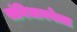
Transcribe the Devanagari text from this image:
संविधानवेत्ता